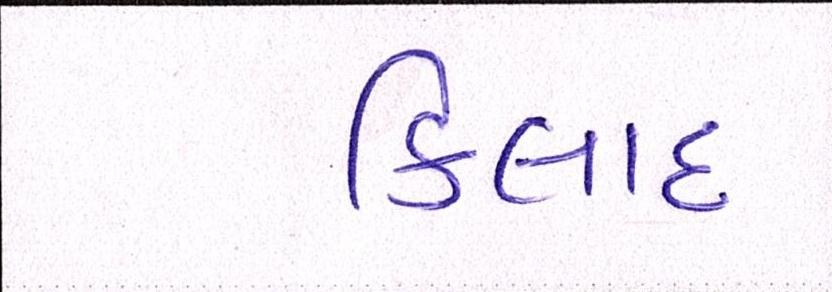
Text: કિલાદ